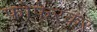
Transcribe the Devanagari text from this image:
फोफेरकर